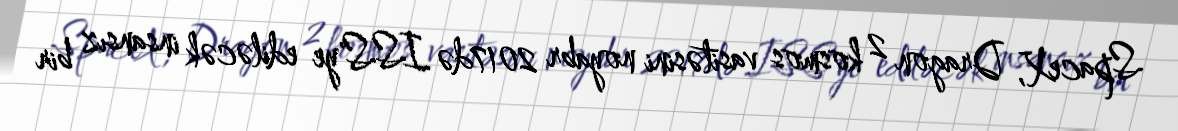
SpaceX, Dragon 2 kosmos vasitəsini noyabr 2017də ISS'ye ediləcək insansız bir